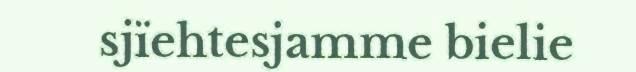
sjïehtesjamme bielie